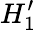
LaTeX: H_{1}^{\prime}